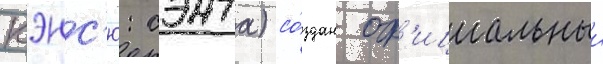
кэнс'ю: сэнта) со́здан оф'ициальныи